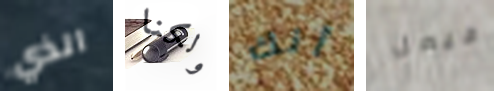
الذي ولكنا أنك فيصل